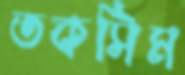
তকসিম